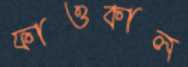
ফাওকাল